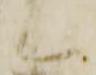
候